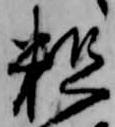
粗